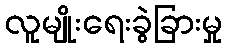
လူမျိုးရေးခွဲခြားမှု